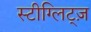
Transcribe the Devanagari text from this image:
स्टीग्लिट्ज़